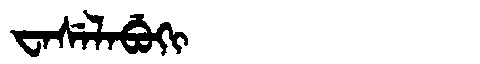
Manchu: ᠸᠠᠰᡝᠯᠠᠪᡠᡴᡳ
Romanization: WASELABUKI